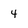
Character: 4